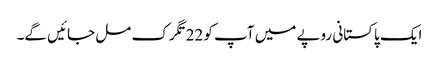
ایک پاکستانی روپے میں آپ کو 22تگرک مل جائیں گے۔